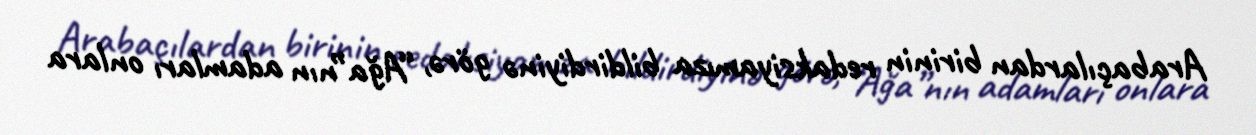
Arabaçılardan birinin redaksiyamıza bildirdiyinə görə, “Ağa”nın adamları onlara